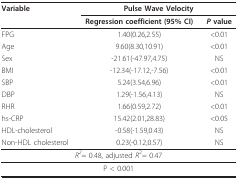
| Variable | <COLSPAN=2> Pulse Wave Velocity |
 |  | Regression coefficient (95% CI) | P value |
 | --- | --- | --- |
 | FPG | 1.40(0.26,2.55) | <0.01 |
 | Age | 9.60(8.30,10.91) | <0.01 |
 | Sex | -21.61(-47.97,4.75) | NS |
 | BMI | -12.34(-17.12,-7.56) | <0.01 |
 | SBP | 5.24(3.54,6.96) | <0.01 |
 | DBP | 1.29(-1.56,4.13) | NS |
 | RHR | 1.66(0.59,2.72) | <0.01 |
 | hs-CRP | 15.42(2.01,28.83) | <0.05 |
 | HDL-cholesterol | -0.58(-1.59,0.43) | NS |
 | Non-HDL cholesterol | 0.23(-0.12,0.57) | NS |
 | <COLSPAN=3> R2= 0.48, adjusted R2= 0.47 |
 | <COLSPAN=3> P < 0.001 |